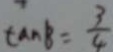
\tan B = \frac { 3 } { 4 }